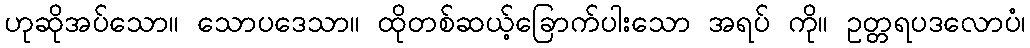
ဟုဆိုအပ်သော။ သောပဒေသာ။ ထိုတစ်ဆယ့်ခြောက်ပါးသော အရပ် ကို။ ဥတ္တရပဒလောပံ၊